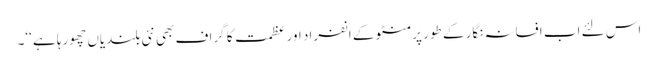
اس لئے اب افسانہ نگار کے طور پر منٹو کے انفراد اور عظمت کا گراف بھی نئی بلندیاں چھورہا ہے ‘‘۔